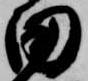
田